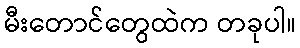
မီးတောင်တွေထဲက တခုပါ။